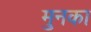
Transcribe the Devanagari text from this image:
मुनका